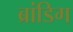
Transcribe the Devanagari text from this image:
ब्रांडिग